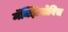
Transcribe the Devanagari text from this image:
मॅक्झिमोविच